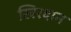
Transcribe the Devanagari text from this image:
खिरदान